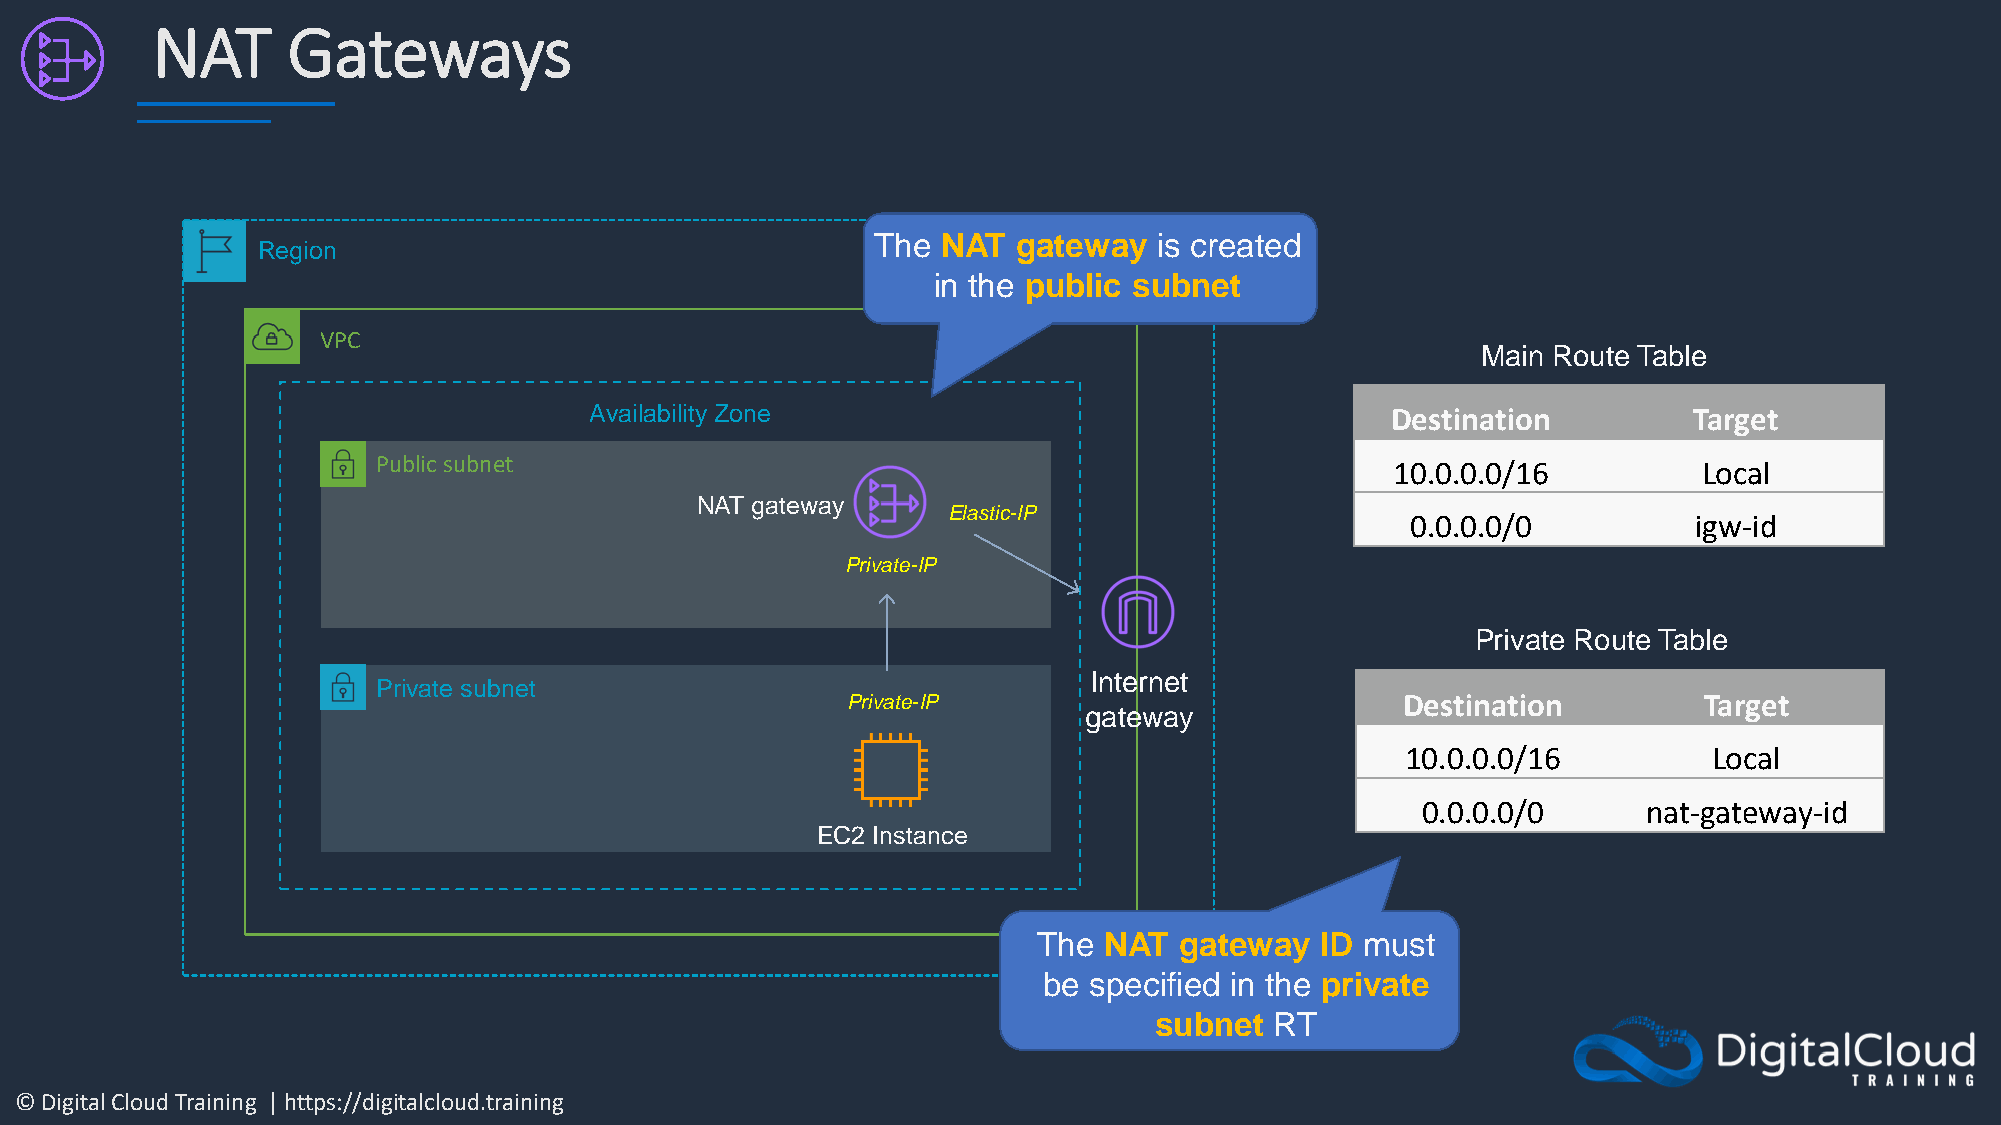
NAT      Gateways
 The NAT  gateway   is created
 Region
 in the public subnet
 VPC
 Main Route Table
 Availability Zone                                    Destination         Target
 Public subnet                                                      10.0.0.0/16          Local
 NAT gateway
 Elastic-IP
 0.0.0.0/0          igw-id
 Private-IP
 Private Route Table
 Internet
 Private subnet
 Private-IP                           Destination         Target
 gateway
 10.0.0.0/16         Local
 0.0.0.0/0      nat-gateway-id
 EC2 Instance
 The NAT  gateway  ID must
 be specified in the private
 subnet  RT
 © Digital Cloud Training | https://digitalcloud.training